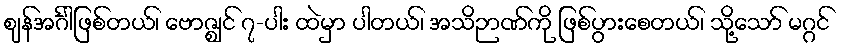
ဈန်အင်္ဂါဖြစ်တယ်၊ ဗောဇ္ဈင် ၇-ပါး ထဲမှာ ပါတယ်၊ အသိဉာဏ်ကို ဖြစ်ပွားစေတယ်၊ သို့သော် မဂ္ဂင်